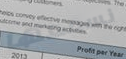
نسمعها